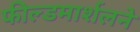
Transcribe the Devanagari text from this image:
फील्डमार्शलने